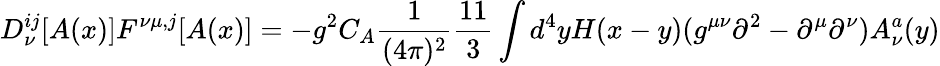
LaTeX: D_{\nu}^{ij}[A(x)]F^{\nu\mu,j}[A(x)]=-g^{2}C_{A}\frac 1{(4\pi)^{2}}\frac{11}{3}\int d^{4}yH(x-y)(g^{\mu\nu}\partial^{2}-\partial^{\mu}\partial^{\nu})A_{\nu}^{a}(y)